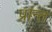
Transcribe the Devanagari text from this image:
प्रांन्त